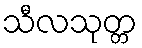
သီလသုတ္တ